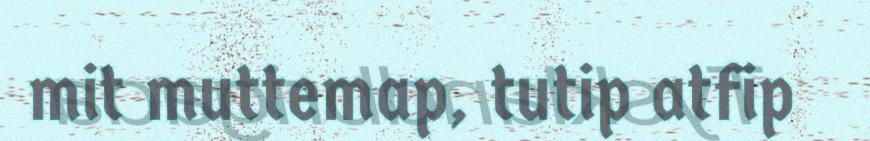
mit muttemap, tutip atfip